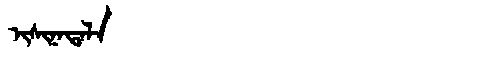
Manchu: ᡳᠰᡳᠨᠠᡨᠠᠯᠠ
Romanization: ISINATALA